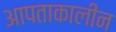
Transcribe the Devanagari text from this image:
आपताकालीन